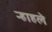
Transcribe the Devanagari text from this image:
न्हाहले